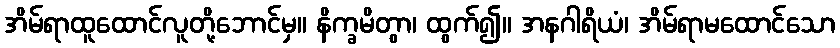
အိမ်ရာထူထောင်လူတို့ဘောင်မှ။ နိက္ခမိတွာ၊ ထွက်၍။ အနဂါရိယံ၊ အိမ်ရာမထောင်သော